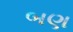
બણ